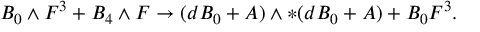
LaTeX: B _ { 0 } \wedge F ^ { 3 } + B _ { 4 } \wedge F \to ( d B _ { 0 } + A ) \wedge * ( d B _ { 0 } + A ) + B _ { 0 } F ^ { 3 } .